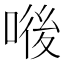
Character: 𠷴